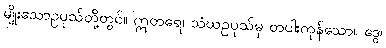
မျိုးသောဥပုသ်တို့တွင်။ ဣတရေ၊ သံဃဥပုသ်မှ တပါးကုန်သော။ ဒွေ၊